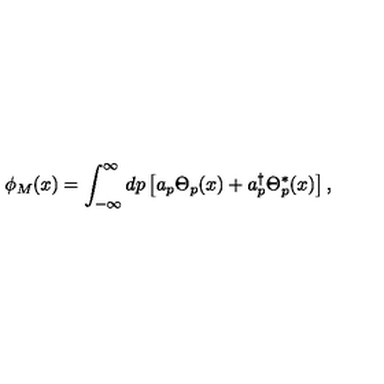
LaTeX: \phi _ { M } ( x ) = \int _ { - \infty } ^ { \infty } d p \left[ a _ { p } \Theta _ { p } ( x ) + a _ { p } ^ { \dag } \Theta _ { p } ^ { * } ( x ) \right] ,